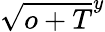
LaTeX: \sqrt{o+T}^{y}